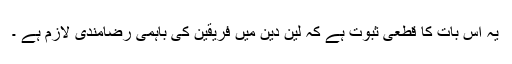
یہ اس بات کا قطعی ثبوت ہے کہ لین دین میں فریقین کی باہمی رضامندی لازم ہے ۔